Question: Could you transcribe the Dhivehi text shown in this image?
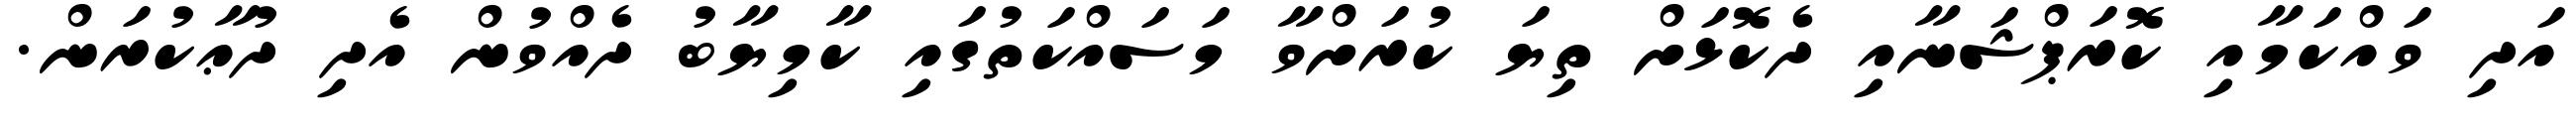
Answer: އަދި ވައްކަމާއި ކޮރަޕްޝަނާއި ދެކޮޅަށް ތިޔަ ކުރަށްވާ މަސައްކަތުގައި ކާމިޔާބު ދެއްވުން އެދި ދުޢާކުރަން.